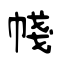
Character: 帴